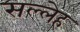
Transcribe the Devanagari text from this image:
सल्लेह